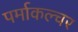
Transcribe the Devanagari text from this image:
पर्माकल्चर